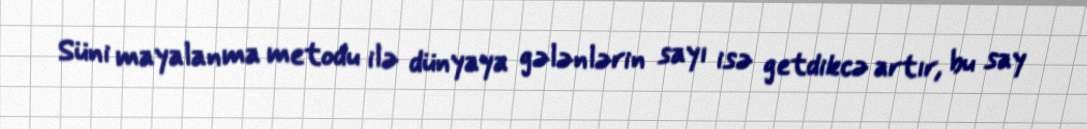
Süni mayalanma metodu ilə dünyaya gələnlərin sayı isə getdikcə artır, bu say